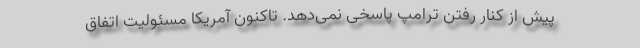
پیش از کنار رفتن ترامپ پاسخی نمی‌دهد. تاکنون آمریکا مسئولیت اتفاق